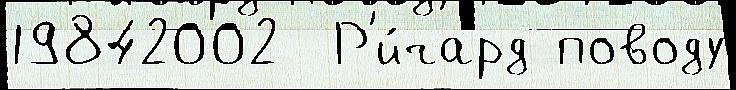
19842002  Р'и́чард поводу